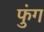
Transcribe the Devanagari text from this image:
फुंग